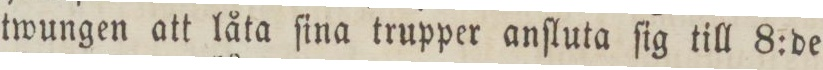
twungen att låta ſina trupper anſluta ſig till 8:de